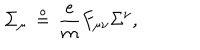
{ \dot { \Sigma } } _ { \mu } \, \stackrel { \circ } { = } \, { \frac { e } { m } } F _ { \mu \nu } \Sigma ^ { \nu } ,